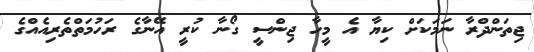
ޖިތަންދްރާ ނަމަކަށް ކިޔާ އެ މީހާ ޖިންސީ ގޯނާ ކުރީ އޭނާގެ ރަހުމަތްތެރިއެއްގެ